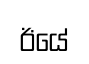
ඊයේ